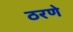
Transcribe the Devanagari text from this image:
ठरणे